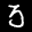
Label: 3